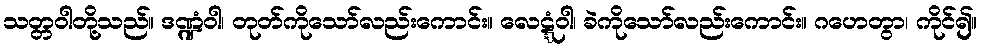
သတ္တဝါတို့သည်။ ဒဏ္ဍံဝါ၊ တုတ်ကိုသော်လည်းကောင်း။ လေဋ္ဋံဝါ၊ ခဲကိုသော်လည်းကောင်း။ ဂဟေတွာ၊ ကိုင်၍။